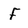
Character: F